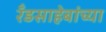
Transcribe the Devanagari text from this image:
रँडसाहेबांच्या